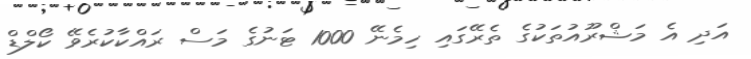
އަދި އެ މަޝްރޫއުތަކުގެ ތެރޭގައި ހިމެނޭ 1000 ޓަނުގެ މަސް ރައްކާކުރެވޭ ކޯލްޑް